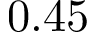
0 . 4 5